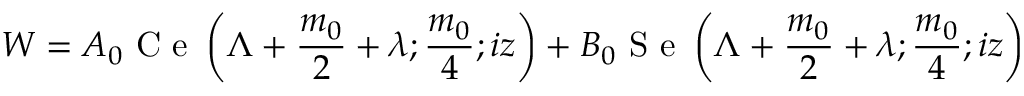
W = A _ { 0 } \textrm { C e } \left( \Lambda + \frac { m _ { 0 } } { 2 } + \lambda ; \frac { m _ { 0 } } { 4 } ; i z \right) + B _ { 0 } \textrm { S e } \left( \Lambda + \frac { m _ { 0 } } { 2 } + \lambda ; \frac { m _ { 0 } } { 4 } ; i z \right)